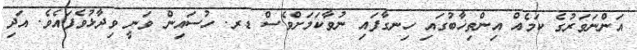
އަންނަވަރުގެ ކަމެއް އިންތިޚާބުގައި ހިނގާފައި ނުވާކަމަށްވެސް ޑރ. ހުސައިން ވަނީ ވިދާޅުވެފައެވެ. އަދި